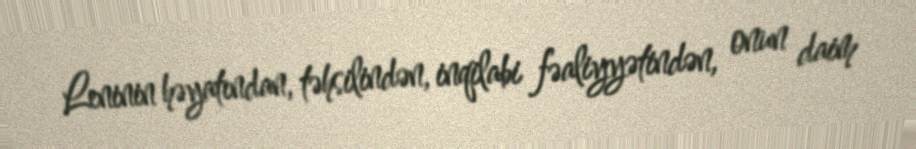
Leninin həyatından, təhsilindən, inqilabi fəaliyyətindən, onun daim